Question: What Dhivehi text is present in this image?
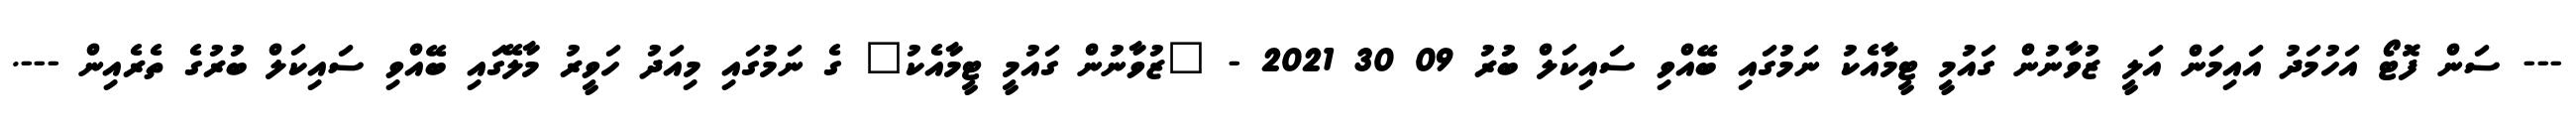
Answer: --- ސަން ފޮޓޯ އަހުމަދު އައިމަން އަލީ ޒުވާނުން ގައުމީ ޓީމާއެކު ނަމުގައި ބޭއްވި ސައިކަލް ބުރު 09 30 2021 - "ޒުވާނުން ގައުމީ ޓީމާއެކު" ގެ ނަމުގައި މިއަދު ހަވީރު މާލޭގައި ބޭއްވި ސައިކަލް ބުރުގެ ތެރެއިން ---.